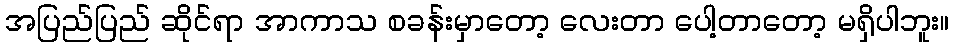
အပြည်ပြည် ဆိုင်ရာ အာကာသ စခန်းမှာတော့ လေးတာ ပေါ့တာတော့ မရှိပါဘူး။